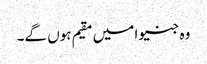
وہ جنیوا میں مقیم ہوں گے۔